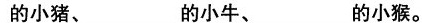
的小猪、___ 的小牛、___的小猴。